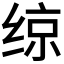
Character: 𫟅